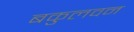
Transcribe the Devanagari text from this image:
बकुलवन